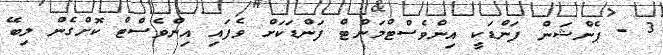
3 - ޕެންޝަން ފަންޑަކީ އިންވެސްޓްމަންޓް ފަންޑަކަށް ވެފައި އިންވެސްޓް ކޮށްގެން ލިބޭ